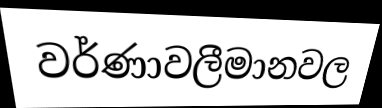
වර්ණාවලීමානවල